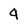
Character: 4